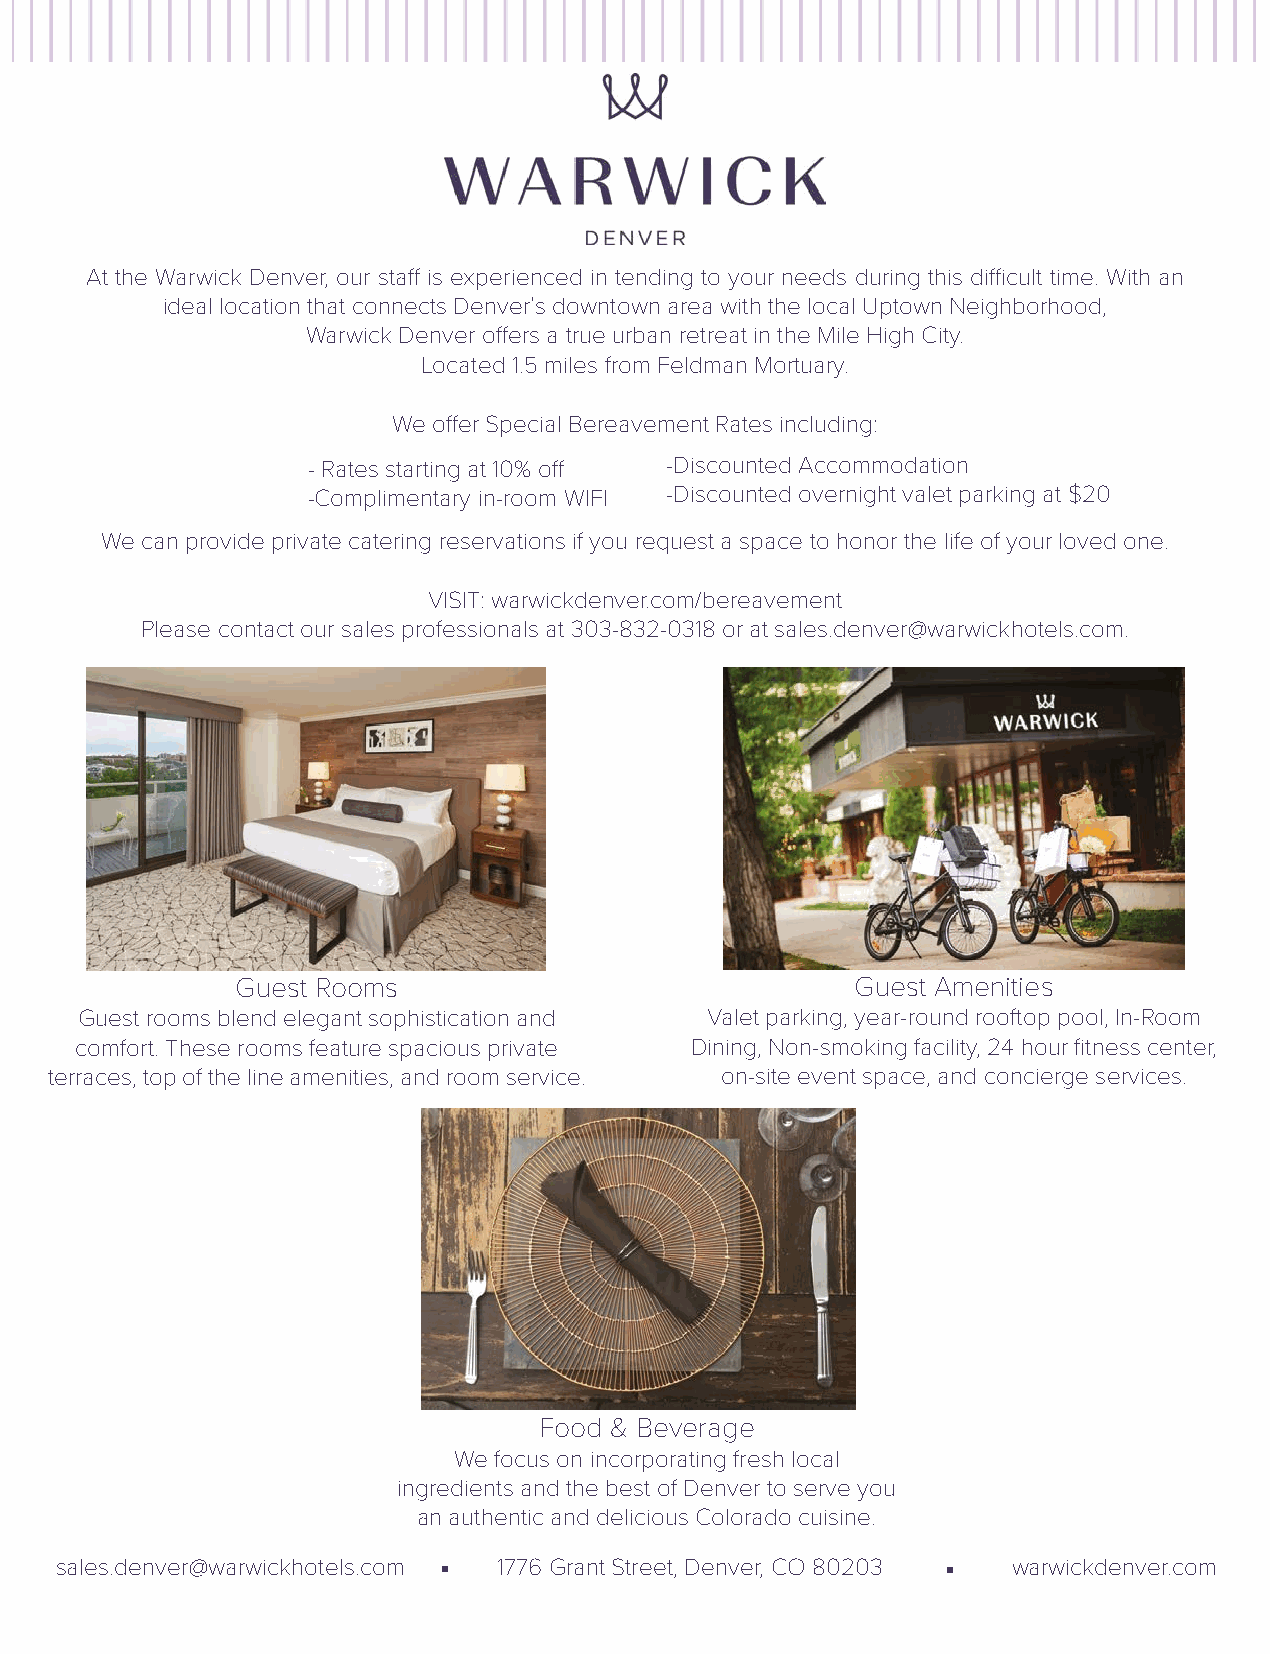
At the Warwick Denver, our staff is experienced in tending to your needs during this difficult time. With an
 ideal location that connects Denver’s downtown area with the local Uptown Neighborhood,
 Warwick Denver offers a true urban retreat in the Mile High City.
 Located 1.5 miles from Feldman Mortuary.
 We offer Special Bereavement Rates including:
 - Rates starting at 10% off -Discounted Accommodation
 -Complimentary in-room WIFI -Discounted overnight valet parking at $20
 We can provide private catering reservations if you request a space to honor the life of your loved one.
 VISIT: warwickdenver.com/bereavement
 Please contact our sales professionals at 303-832-0318 or at sales.denver@warwickhotels.com.
 Guest Rooms                              Guest Amenities
 Guest rooms blend elegant sophistication and Valet parking, year-round rooftop pool, In-Room
 comfort. These rooms feature spacious private Dining, Non-smoking facility, 24 hour fitness center,
 terraces, top of the line amenities, and room service. on-site event space, and concierge services.
 Food & Beverage
 We focus on incorporating fresh local
 ingredients and the best of Denver to serve you
 an authentic and delicious Colorado cuisine.
 sales.denver@warwickhotels.com 1776 Grant Street, Denver, CO 80203 warwickdenver.com